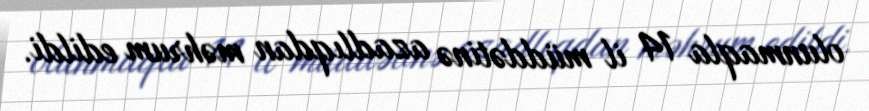
olunmaqla 14 il müddətinə azadlıqdan məhrum edildi.